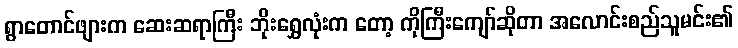
ရွာတောင်ဖျားက ဆေးဆရာကြီး ဘိုးရွှေလုံးက တော့ ကိုကြီးကျော်ဆိုတာ အလောင်းစည်သူမင်း၏